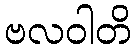
ဗလဝါတိ